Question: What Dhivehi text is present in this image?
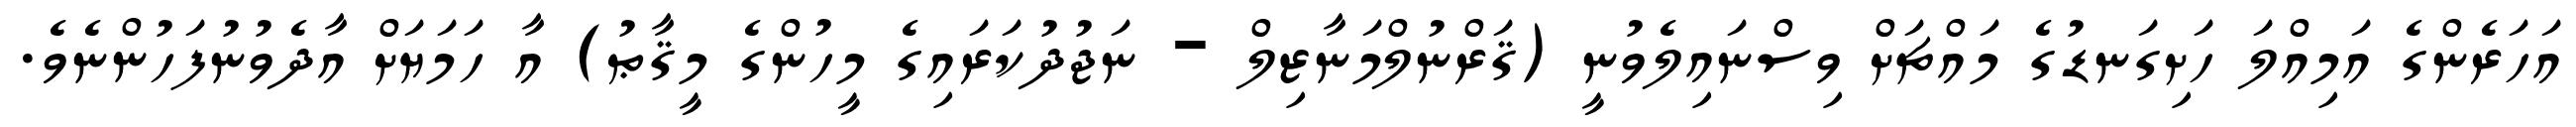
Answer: އަހަރެންގެ އަމިއްލަ ހަށިގަނޑުގެ މައްޗަށް ވިސްނައިލެވުނީ (ޤަރްނުލްމަނާޒިލް - ނަޖުދުކަރައިގެ މީހުންގެ މީޤާޠު) އާ ހަމަޔަށް އާދެވުނުފަހުންނެވެ.